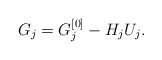
\begin{align*}G_j = G_j^{[0]} - H_j U_j.\end{align*}